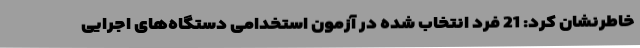
خاطرنشان کرد: 21 فرد انتخاب شده در آزمون استخدامی دستگاه‌های اجرایی